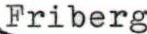
Friberg